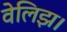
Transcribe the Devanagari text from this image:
वेलिझ।